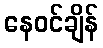
နေဝင်ချိန်